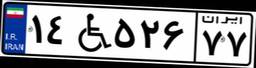
۱۴W۵۲۶۷۷